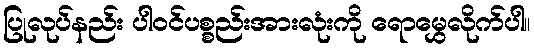
ပြုလုပ်နည်း ပါဝင်ပစ္စည်းအားလုံးကို ရောမွှေလိုက်ပါ။